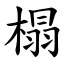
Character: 榻